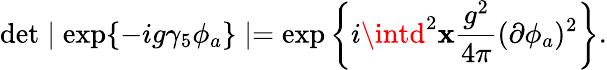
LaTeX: \operatorname*{det}\mid\exp\{ -ig\gamma_{5}\phi_{a}\} \mid=\exp\left\{ i\intd^{2}\mathbf{x}\frac{{g^{2}}}{{4\pi}}(\partial\phi_{a})^{2}\right\} .